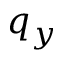
q _ { y }